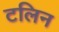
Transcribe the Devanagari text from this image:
टलिन